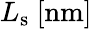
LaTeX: L_{\mathrm{s}}~[\mathrm{nm}]